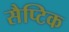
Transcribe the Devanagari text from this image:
सैप्टिक